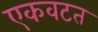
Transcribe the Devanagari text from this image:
एकवटत